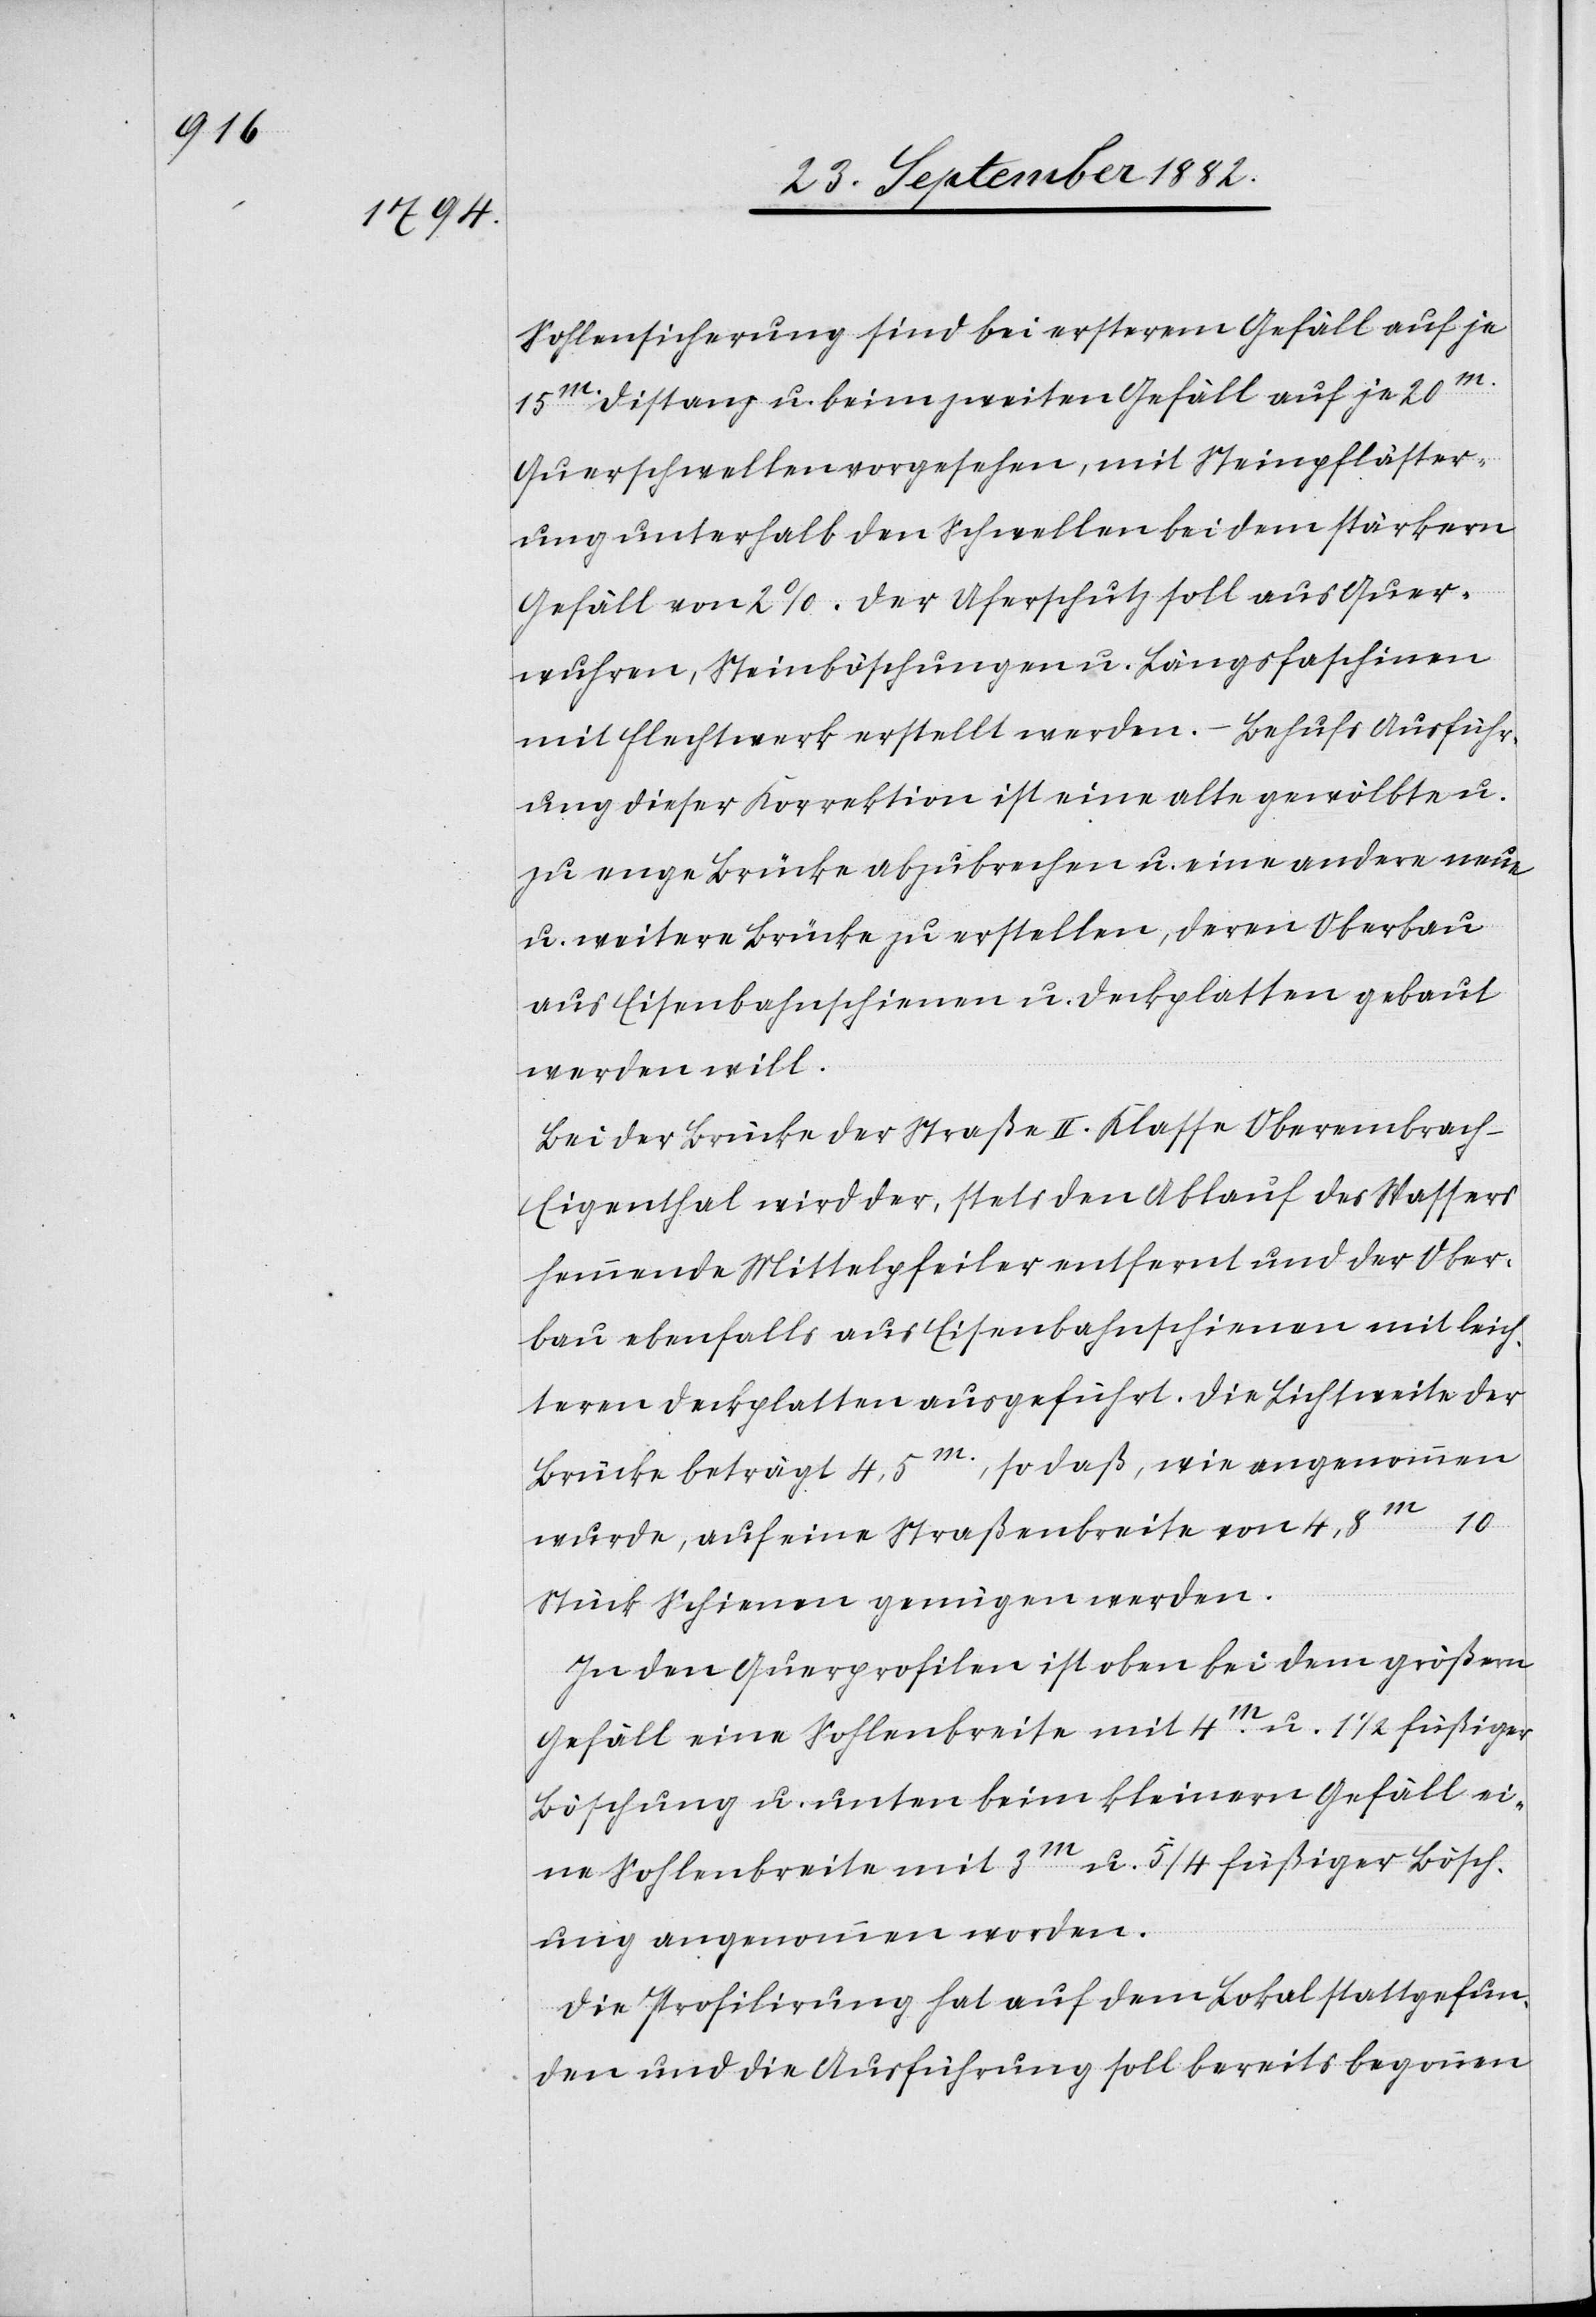
Sohlensicherung sind bei ersterem Gefäll auf je
15m Distanz u. beim zweiten Gefäll auf je 20m
Querschwellen vorgesehen, mit Steinpfläster¬
ung unterhalb den Schwellen bei dem stärkern
Gefäll von 2%. Der Uferschutz soll aus Quer¬
wuhren, Steinböschungen u. Längsfaschinen
mit Flechtwerk erstellt werden. – Behufs Ausführ¬
ung dieser Korrektion ist eine alte gewölbte u.
zu enge Brücke abzubrechen, deren Oberbau
aus Eisenbahnschienen u. Deckplatten gebaut
werden will.
Bei der Brücke der Straße II. Klasse Oberembrach–E¬
igenthal wird der, stets den Ablauf des Wassers
hemmende Mittelpfeiler entfernt und der Ober¬
bau ebenfalls aus Eisenbahnschienen mit leich¬
teren Deckplatten ausgeführt. Die Lichtweite der
Brücke beträgt 4,5m, so daß, wie angenommen
10
wurde, auf eine Straßenbreite von 4,8m
Stück Schienen genügen werden.
In den Querprofilen ist oben bei dem größern
Gefäll eine Sohlenbreite mit 4m u. 11/2 füßiger
Böschung u. unten beim kleinern Gefälle ei¬
ne Sohlenbreite mit 3m u 5/4 füßiger Bösch¬
ung angenommen worden.
Die Profilirung hat auf dem Lokal stattgefun¬
den und die Ausführung soll bereits begonnen